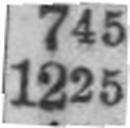
1225